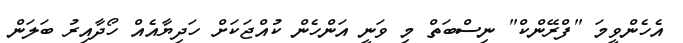
އެހެންވީމަ "ފްރޭންކް" ނިސްބަތް މި ވަނީ އަންހެން ކުއްޖަކަށް ހަދިޔާއެއް ހޯދާއިރު ބަލަން